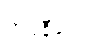
ကုပနီယေ